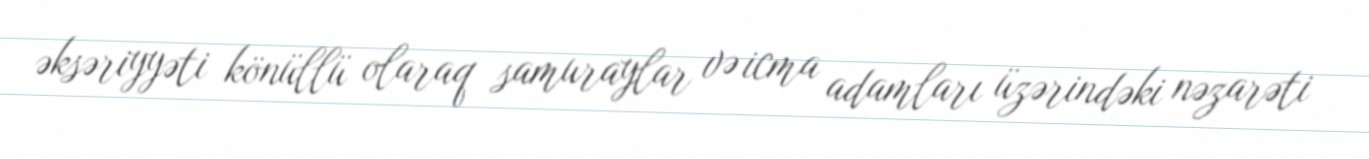
əksəriyyəti könüllü olaraq samuraylar və icma adamları üzərindəki nəzarəti